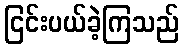
ငြင်းပယ်ခဲ့ကြသည်